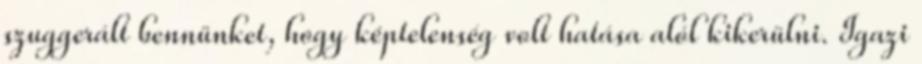
szuggerált bennünket, hogy képtelenség volt hatása alól kikerülni. Igazi